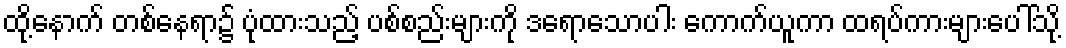
ထို့နောက် တစ်နေရာ၌ ပုံထားသည့် ပစ်စည်းများကို ဒရောသောပါး ကောက်ယူကာ ထရပ်ကားများပေါ်သို့